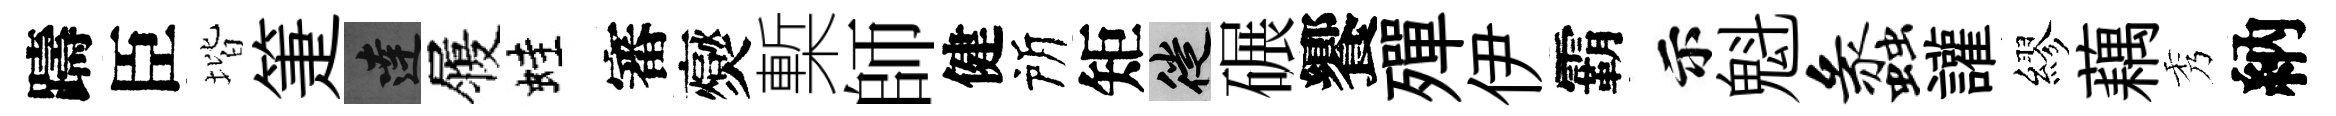
躊臣堦箑達履蛙審爕槧師健所矩徙碾饗殫伊霸示魁蠡讙繆藕秀納